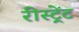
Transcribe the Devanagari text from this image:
रीस्ट्रेंट